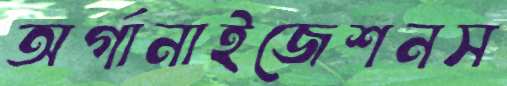
অর্গানাইজেশনস